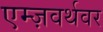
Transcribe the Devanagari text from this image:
एम्ज़वर्थवर